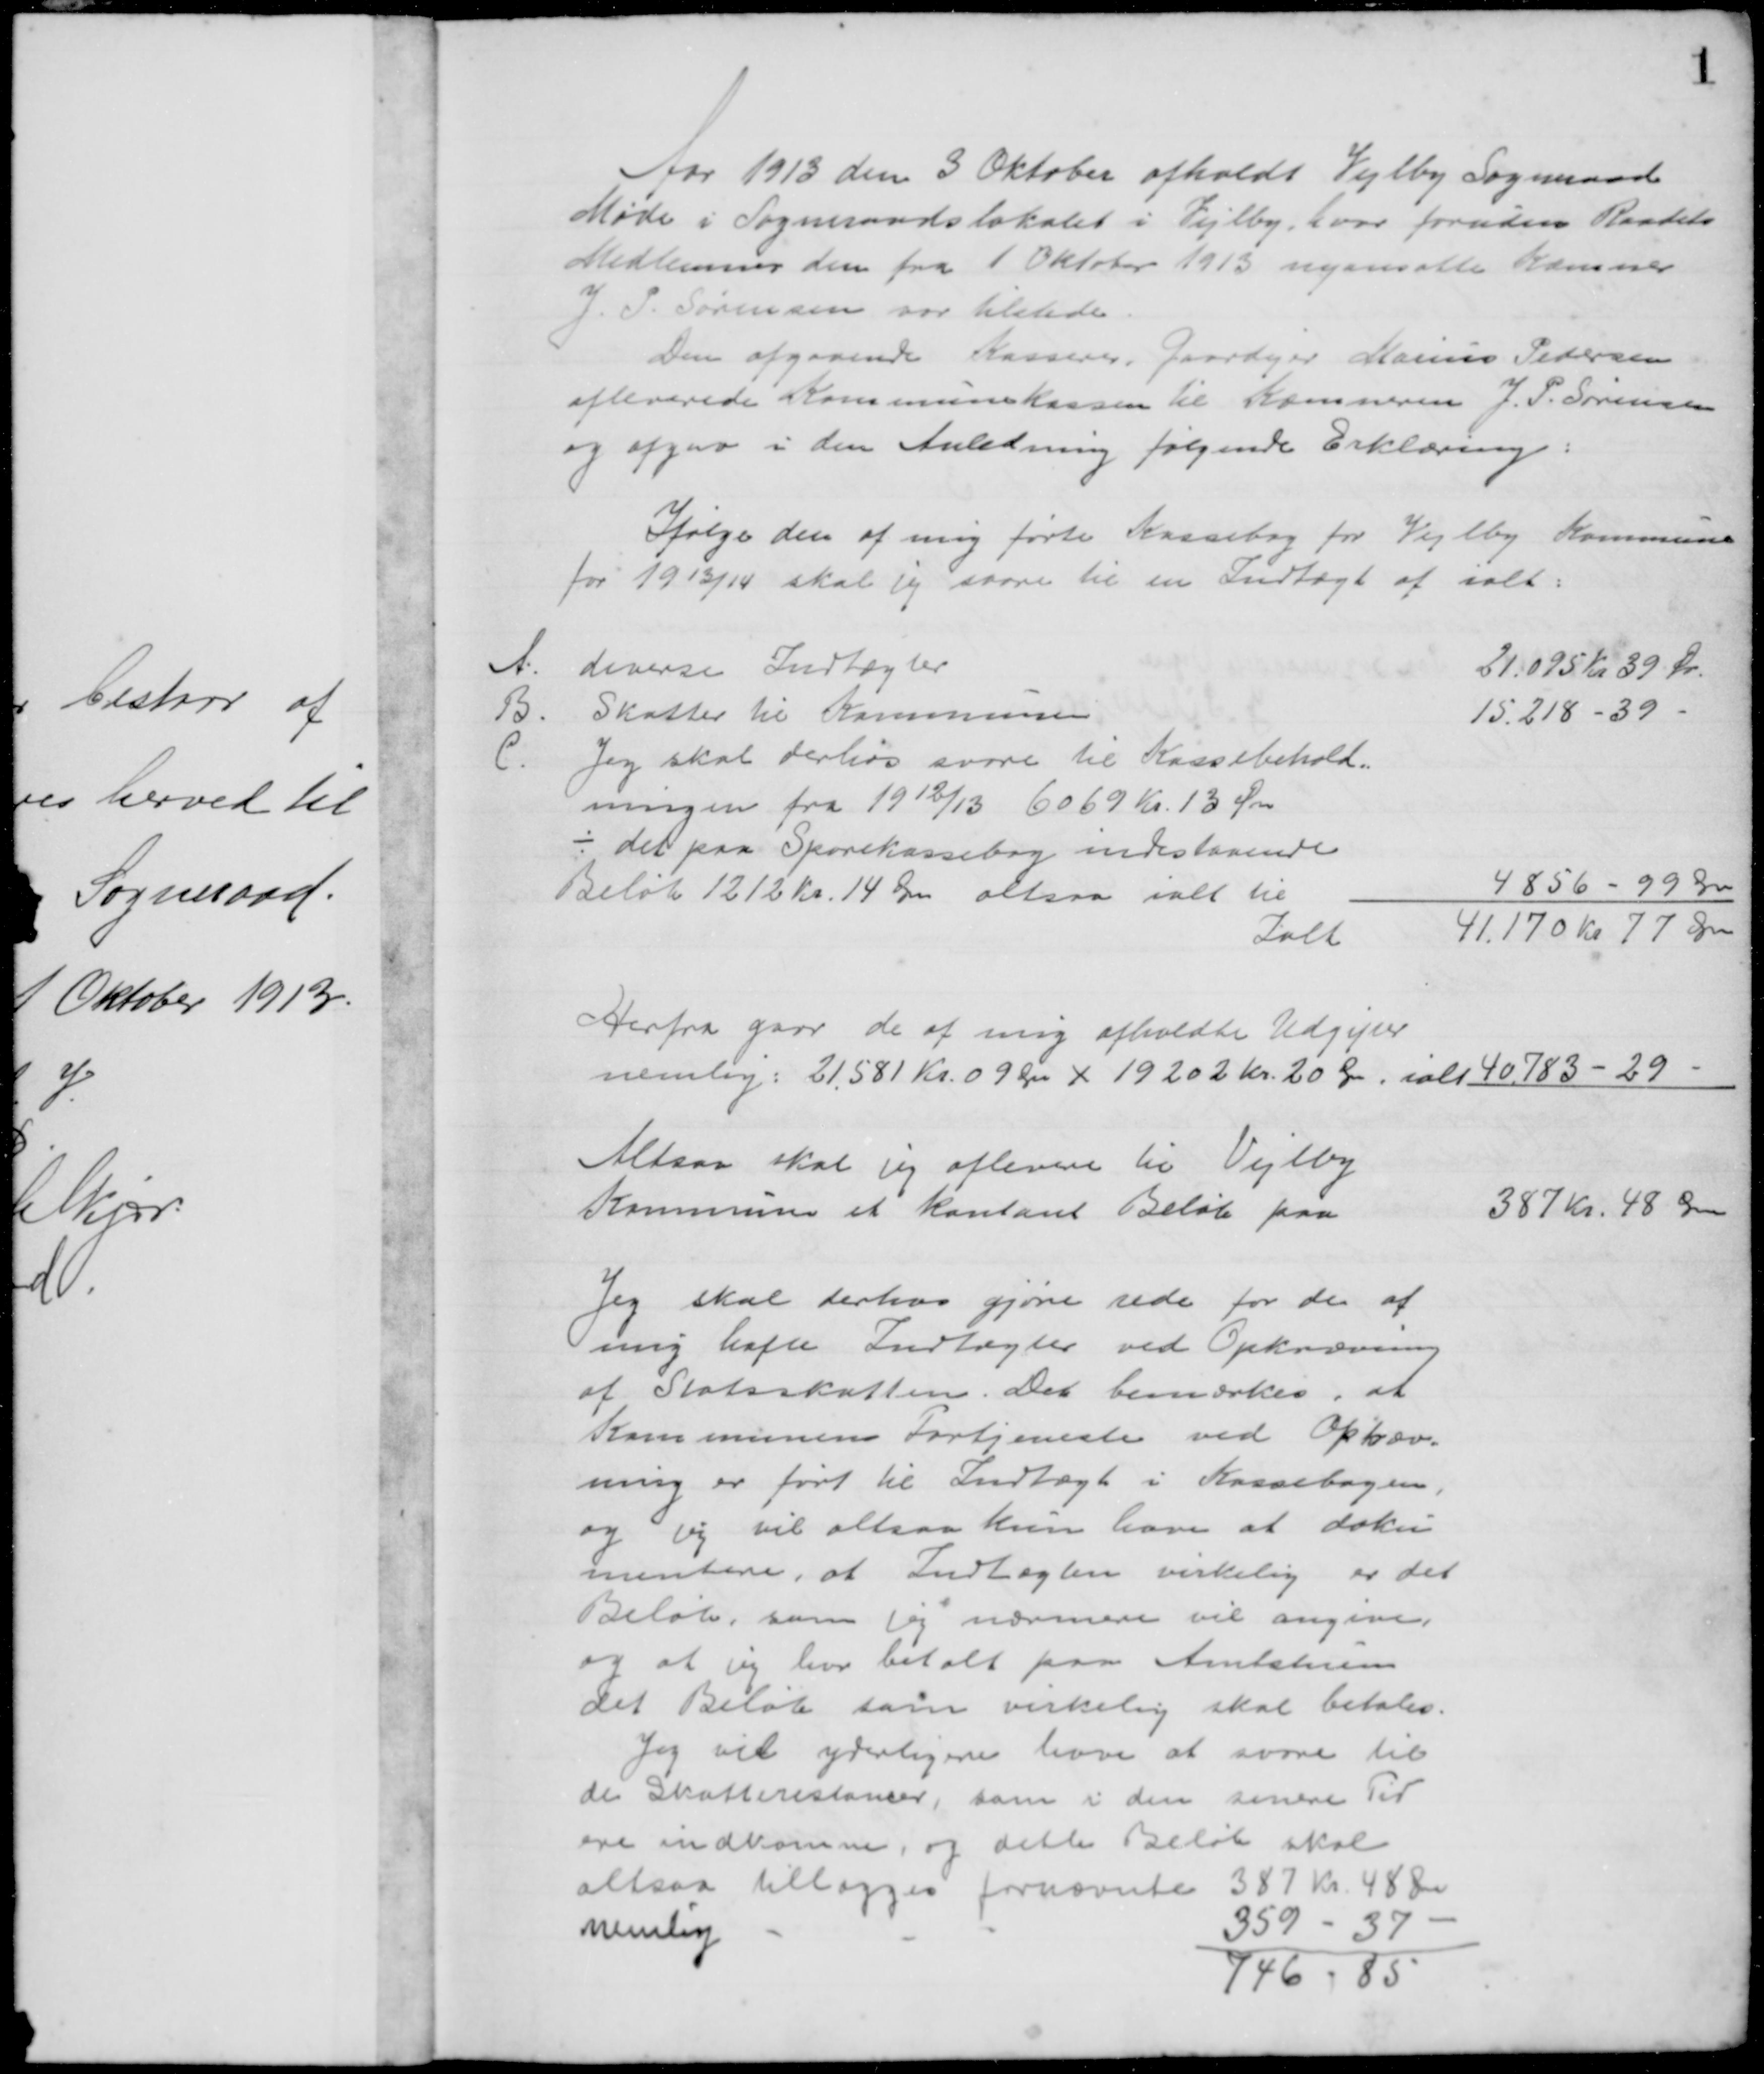
Transskription:
Aar 1913 den 3 Oktober afholdt Vejlby Sogneraad
Møde i Sogneraadslokalet i Vejlby, hvor foruden Raadets
Medlemmer den fra 1 Oktober 1913 nyansatte Kæmner
J. P. Sørensen var tilstede.
Den afgaaende Kasserer, Gaardejer Marius Pedersen
afleverede Kommunekassen til Kæmneren J. S. Sørensen
og afgav i den Anledning følgende Erklæring:
Ifølge den af mig førte Kassebog for Vejlby Kommune
for 1913/14 skal jeg svare til en Indtægt af ialt
A.
diverse Indtægter
21.095 Kr 39 Ør.
B. Skatter til Kommunen
15.218 - 39 
C.
Jeg skal derhos svare til Kassebehold=
ningen fra 1912/13 6069 Kr. 13 Ør
⁒ det paa Sparekassebog indestaaende
Beløb 1212 Kr. 14 Ør altsaa ialt til
4856 - 99 Ør
Ialt
41.170 Kr 77 Ør
Herfra gaar de af mig afholdte Udgifter
nemlig: 21,581 Kr. 09 Ør + 19202 Kr. 20 Ør, ialt 40.183 - 29
Altsaa skal jeg aflevere til Vejlby
Kommune et kontant Beløb paa
387 Kr. 48 Ør
Jeg skal derhos gjøre rede for de af 
mig hafte Indtægter ved Opkrævning
af Statsskatten. Det bemærkes, at
Kommunens Fortjeneste ved Opkræv=
ning er ført til Indtægt i Kassebogen,
og jeg vil altsaa kun have at doku
mentere, at Indtægten virkelig er det
Beløb, som jeg nærmere vil angive,
og at jeg har betalt paa Amtstuen
det Beløb som virkelig skal betales.
Jeg vil yderligere have at svare til
de Skatterestancer, som i den senere Tid
ere indkomne, og dette Beløb skal
altsaa tillægges fornævnte 387 Kr 48 Ør
nemlig
359 - 37
746 - 85